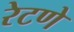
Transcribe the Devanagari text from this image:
रेटणे